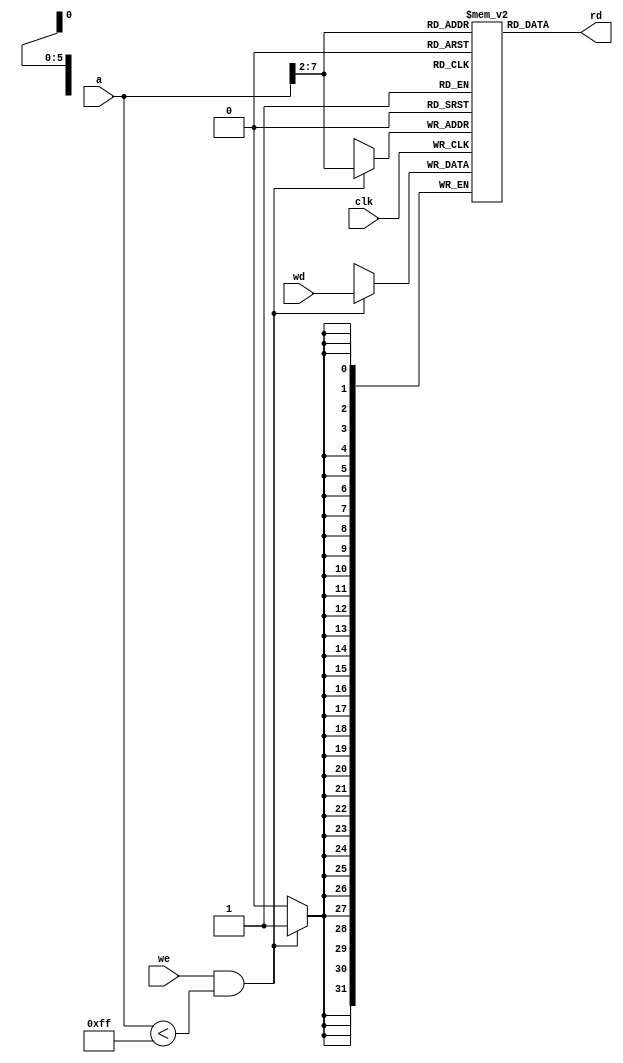
module dmem(
    input         clk,
    input         we,
    input  [31:0] a,
    input  [31:0] wd,
    output [31:0] rd
    // output [15:0] dispBufferOut
);

    reg [31:0] RAM[63:0];
    
    initial begin
//        $readmemh("riscvtest.mem",RAM);
//        $readmemh("data.mem",RAM);
        RAM[0]<=32'h3;
        RAM[1]<=32'h9;
        RAM[2]<=32'hc;
    end
    
    assign rd = RAM[a[31:2]];
    // assign dispBufferOut = RAM[0][15:0];

    always@(posedge clk)
        if( we & a < 255 )
            RAM[a[31:2]] <= wd;

endmodule